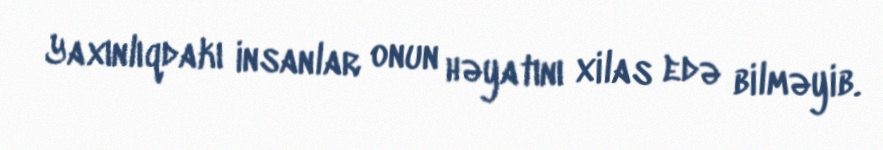
Yaxınlıqdakı insanlar onun həyatını xilas edə bilməyib.